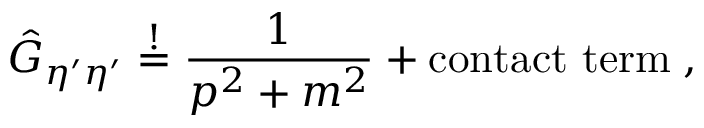
\hat { G } _ { \eta ^ { \prime } \eta ^ { \prime } } \stackrel { ! } { = } \frac { 1 } { p ^ { 2 } + m ^ { 2 } } + \mathrm { c o n t a c t ~ t e r m } \; ,